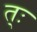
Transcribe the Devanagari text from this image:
त्ः